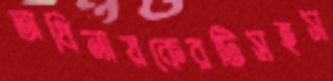
অধিনায়কেরটিসহস